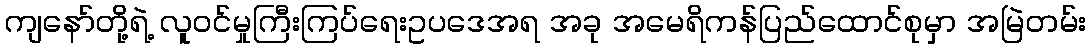
ကျနော်တို့ရဲ့ လူဝင်မှုကြီးကြပ်ရေးဥပဒေအရ အခု အမေရိကန်ပြည်ထောင်စုမှာ အမြဲတမ်း